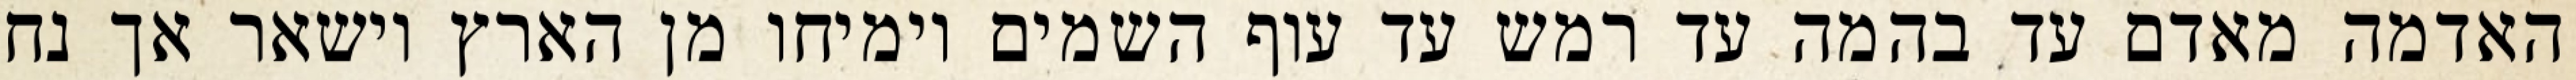
האדמה מאדם עד בהמה עד רמש עד עוף השמים וימיחו מן הארץ וישאר אך נח